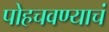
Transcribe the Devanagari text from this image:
पोहचवण्याचं